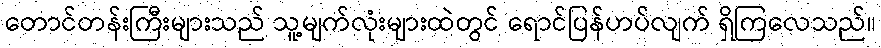
တောင်တန်းကြီးများသည် သူ့မျက်လုံးများထဲတွင် ရောင်ပြန်ဟပ်လျက် ရှိကြလေသည်။